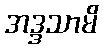
အဒ္ဒသာမိ